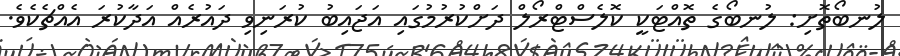
ލުނބޯތޮށި: ލުނބޯގެ ތޮއްޓަކީ ކޮލެސްޓްރޯލް ދަށްކުރުމުގައި އަޖައިބު ކުރަނިވި ދައުރެއް އަދާކުރަ އެއްޗެކެވެ.